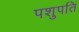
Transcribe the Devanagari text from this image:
पशुपतिं